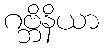
ဂဗ္ဘိနိယာ